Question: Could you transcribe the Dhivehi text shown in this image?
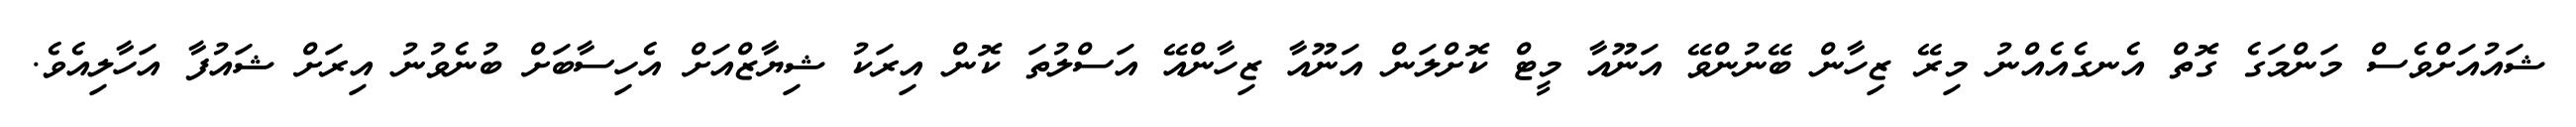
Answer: ޝައުއަށްވެސް މަންމަގެ ގޮތް އެނގެއެއްނު މިރޭ ޒިހާން ބޭނުންވޭ އަނޫއާ މީޓް ކޮށްލަން އަނޫއާ ޒިހާންއޭ އަސްލުތަ ކޮން އިރަކު ޝިޔާޒްއަށް އެހިސާބަށް ބުނެވުނު އިރަށް ޝައުފާ އަހާލިއެވެ.